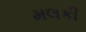
મલકી